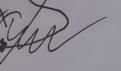
Signature authenticity: forged